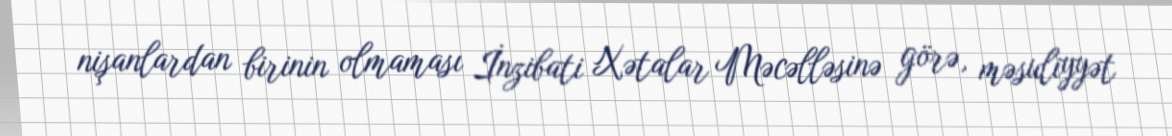
nişanlardan birinin olmaması İnzibati Xətalar Məcəlləsinə görə, məsuliyyət